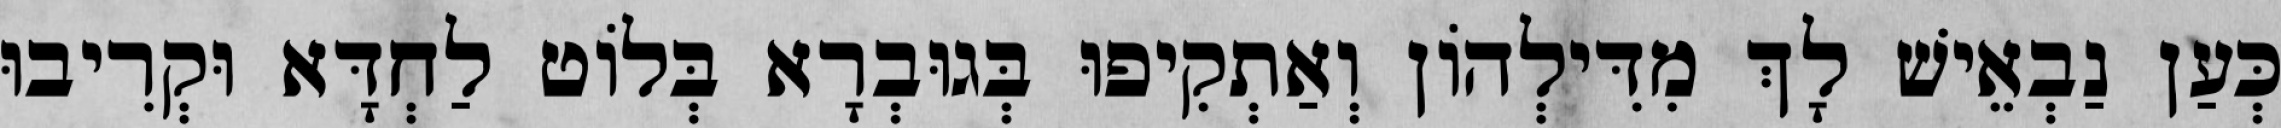
כְּעַן נַבְאֵישׁ לָךְ מִדִּילְהוֹן וְאַתְקִיפוּ בְּגוּבְרָא בְּלוֹט לַחְדָּא וּקְרִיבוּ